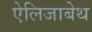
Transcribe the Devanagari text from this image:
ऐलिजाबेथ